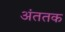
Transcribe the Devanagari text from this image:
अंततक